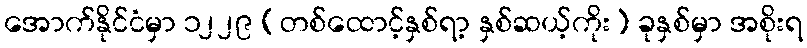
အောက်နိုင်ငံမှာ ၁၂၂၉ (တစ်ထောင့်နှစ်ရာ့ နှစ်ဆယ့်ကိုး) ခုနှစ်မှာ အစိုးရ